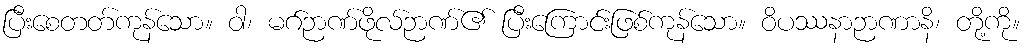
ပြီးစေတတ်ကုန်သော။ ဝါ၊ မဂ်ဉာဏ်ဖိုလ်ဉာဏ်၏ ပြီးကြောင်းဖြစ်ကုန်သော။ ဝိပဿနာဉာဏာနိ၊ တို့ကို။